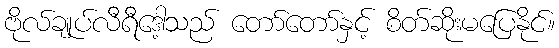
ဗိုလ်ချုပ်လီရီဒေါ့သည် တော်တော်နှင့် စိတ်ဆိုးမပြေနိုင်။